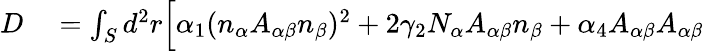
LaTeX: \begin{array}{rl}{D}&{{}=\int_{S}d^{2}r\Big[\alpha_{1}(n_{\alpha}A_{\alpha\beta}n_{\beta})^{2}+2\gamma_{2}N_{\alpha}A_{\alpha\beta}n_{\beta}+\alpha_{4}A_{\alpha\beta}A_{\alpha\beta}}\end{array}